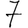
Digit: 7